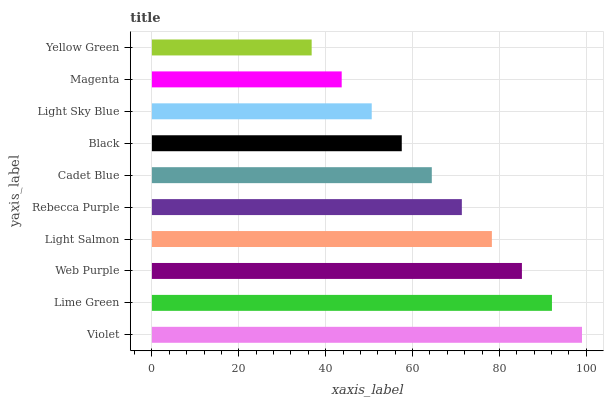
| yaxis_label | bars |
 | --- | --- |
 | Violet | 99 |
 | Lime Green | 92.1 |
 | Web Purple | 85.2 |
 | Light Salmon | 78.3 |
 | Rebecca Purple | 71.3 |
 | Cadet Blue | 64.4 |
 | Black | 57.5 |
 | Light Sky Blue | 50.6 |
 | Magenta | 43.7 |
 | Yellow Green | 36.8 |